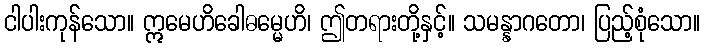
ငါပါးကုန်သော။ ဣမေဟိခေါဓမ္မေဟိ၊ ဤတရားတို့နှင့်။ သမန္နာဂတော၊ ပြည့်စုံသော။